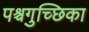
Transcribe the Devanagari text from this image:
पश्चगुच्छिका